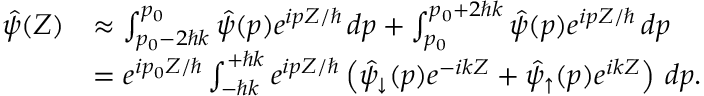
\begin{array} { r l } { \hat { \psi } ( Z ) } & { \approx \int _ { p _ { 0 } - 2 \hbar k } ^ { p _ { 0 } } \hat { \psi } ( p ) e ^ { i p Z / \hbar } \, d p + \int _ { p _ { 0 } } ^ { p _ { 0 } + 2 \hbar k } \hat { \psi } ( p ) e ^ { i p Z / \hbar } \, d p } \\ & { = e ^ { i p _ { 0 } Z / \hbar } \int _ { - \hbar k } ^ { + \hbar k } e ^ { i p Z / \hbar } \left( \hat { \psi } _ { \downarrow } ( p ) e ^ { - i k Z } + \hat { \psi } _ { \uparrow } ( p ) e ^ { i k Z } \right) \, d p . } \end{array}